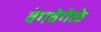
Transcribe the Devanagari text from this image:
वेगवेगेळे